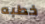
خطبه